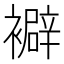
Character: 𧞃